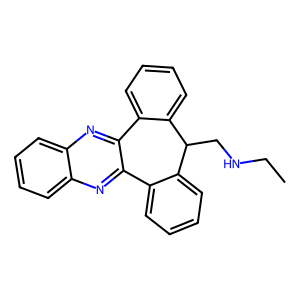
SMILES: CCNCC1c2ccccc2-c2nc3ccccc3nc2-c2ccccc21
Inhibits HIV replication: No